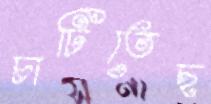
চাটিতেছ